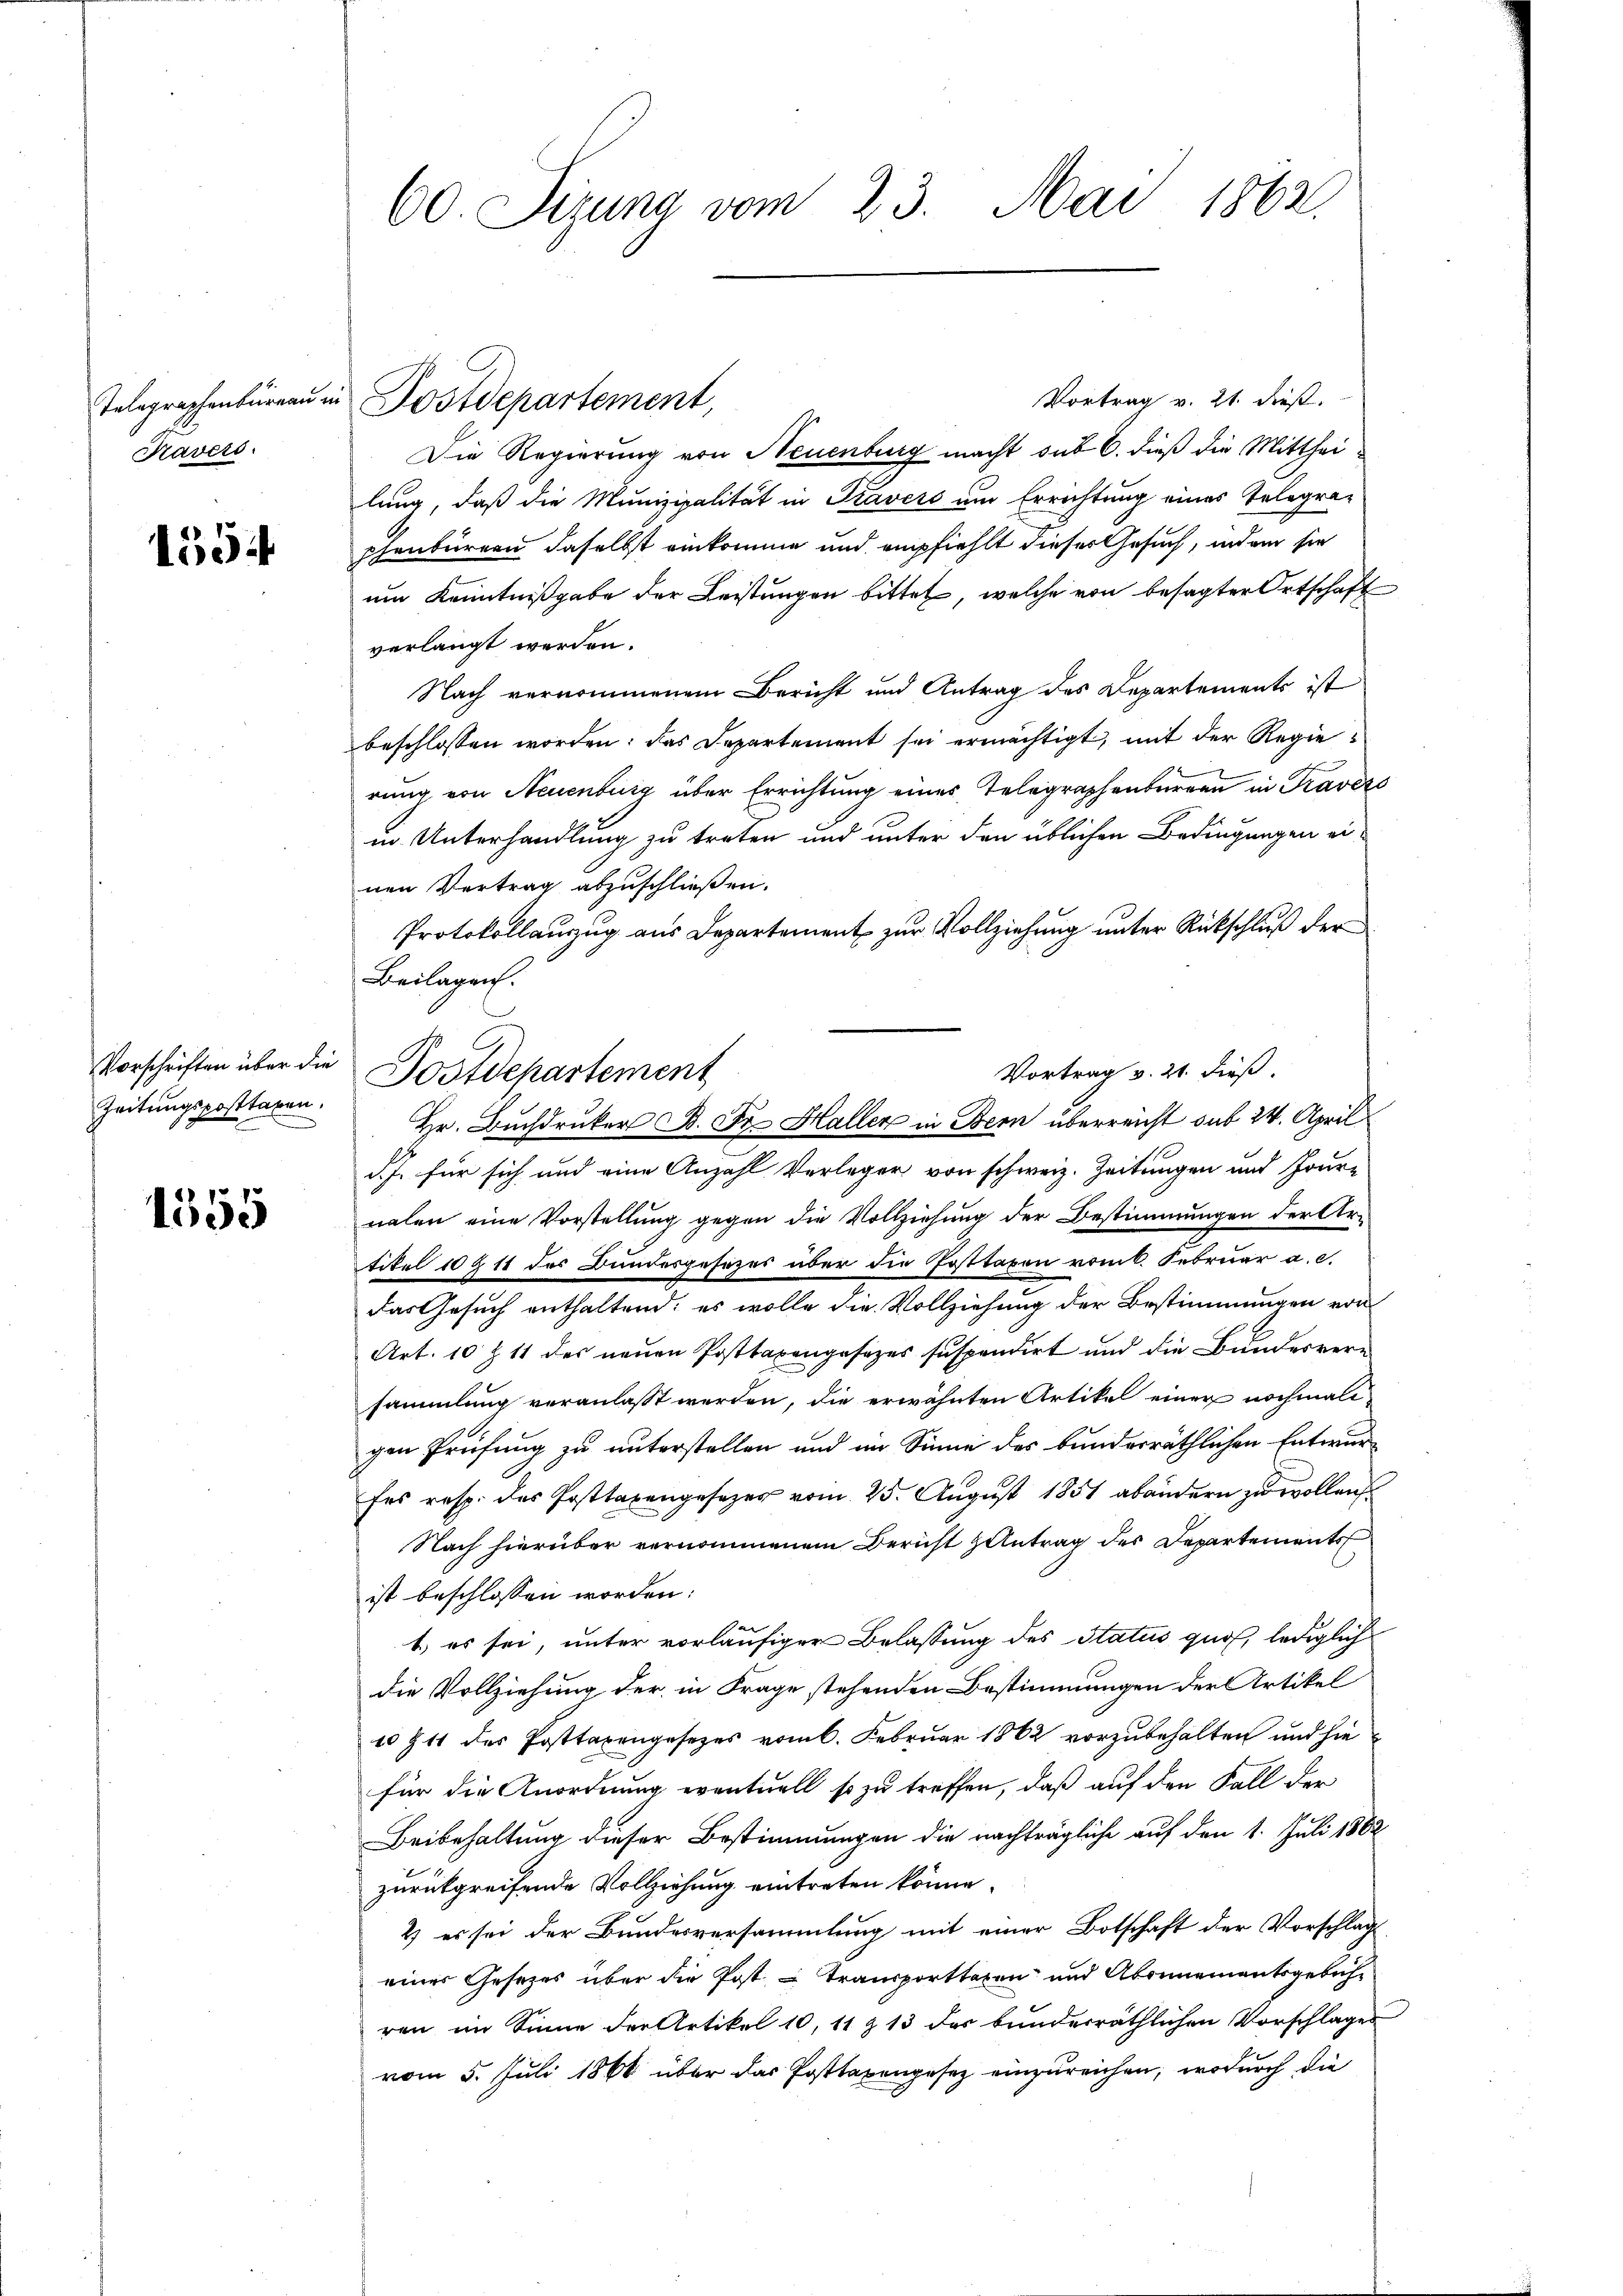
Telegraphenbüreau in
Kavets

1554

Vorschriften über die
Zeitungsposttaren.

1555

60. Sizung vom 23. Mai 1862.

Postdepartement,

Vortrag v. 21. dieß.
Die Regierung von Neuenburg macht sub 6. dieß die Mittheilung, daß die Munizipalität in Travers um Errichtung eines Telegra-
schenbürern daselbst einkomme und empfiehlt dieser Gesuch, indem sie
um Kenntnißgabe der Leistungen bittet, welche von besagter Ortschaft
verlangt werden.
Nach vernommenem Bericht und Antrag des Departements ist
beschlossen worden; das Departement sei ermächtigt, mit der Regierung von Neuenburg über Errichtung eines Telegraphenburgen in Travess
in Unterhandlung zu treten und unter den üblichen Bedingungen einen Vertrag abzuschließen.
Protokollanzug aus Departement zur Vollziehung unter Rückschluß der
Beilagen.
Vortrag v. 21. dieß.
d. J. für sich und eine Anzahl Verleger von schweiz. Zeitungen und Jour-
nalen eine Vorstellung gegen die Vollziehung der Bestimmungen der Artikel 10 & 11 des Bundesgesezes über die Posttaxen vom k. Februar a. c.
das Gesuch enthaltend, es wolle die Vollziehung der Bestimmungen von
Art. 10 Z 11 des neuen Posttaxengesezes suspendirt und die Bundesversammlung veranlasst werden, die erwähnten Artikel einer nochmali
gen Prüfung zu unterstellen und im Sinne des bunderräthlichen Entwurfes resp. das Posttaxengesezes vom 25. August 1851 abändern zu wollen.
Nach hierüber vernommenen Bericht Zentrag des Departements
ist beschlossen worden:
e
1) es sei, unter vorläufiger Belassung des Status quos, lediglich
die Vollziehung der in Frage stehenden Bestimmungen der Artikel
10 Z 11 des Posttaxengesezes vom 6. Februar 1862 vorzubehalten und hie
für die Anordnung eventuell so zu treffen, daß auf den Fall der
Beibehaltung dieser Bestimmungen die nachträgliche auf den 1. Juli 1862
zurückgreifende Vollziehung eintreten könne.
2) es sei der Bundesversammlung mit einer Botschaft der Vorschlag
einer Gesetzes über die Post - Transporttaxen und Abonnementsgebühr
ren im Sinne der Artikel 10, 11 & 13 das bunderräthlichen Vorschlages
vom 5. Juli 1866 über das Posttaxengesez einzureichen, wodurch die

Postdepartement

Hr. Buchdruker B. Fr. Haller in Bern überreicht sub 24. April